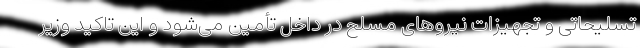
تسلیحاتی و تجهیزات نیروهای مسلح در داخل تأمین می‌شود و این تاکید وزیر